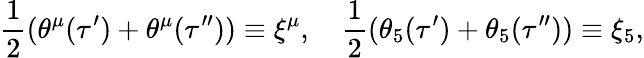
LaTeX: \frac 12(\theta^{\mu}(\tau^{\prime})+\theta^{\mu}(\tau^{\prime\prime}))\equiv\xi^{\mu},\quad\frac 12(\theta_{5}(\tau^{\prime})+\theta_{5}(\tau^{\prime\prime}))\equiv\xi_{5},